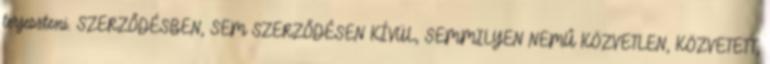
terjeszteni. SZERZŐDÉSBEN, SEM SZERZŐDÉSEN KÍVÜL, SEMMILYEN NEMŰ KÖZVETLEN, KÖZVETETT,